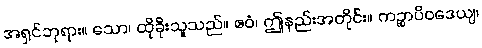
အရှင်ဘုရား။ သော၊ ထိုခိုးသူသည်။ ဧဝံ၊ ဤနည်းအတိုင်း။ ကဉ္စာပိဝဒေယျ၊